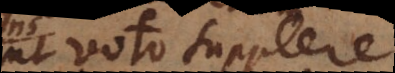
aut voto supplere